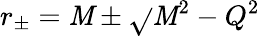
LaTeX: r_{\pm}=\mathit{M}\pm\sqrt{}{{\mathit{M}^{2}-Q^{2}}}